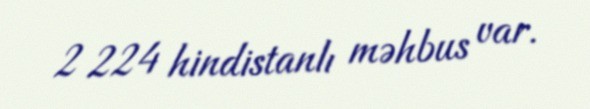
2 224 hindistanlı məhbus var.